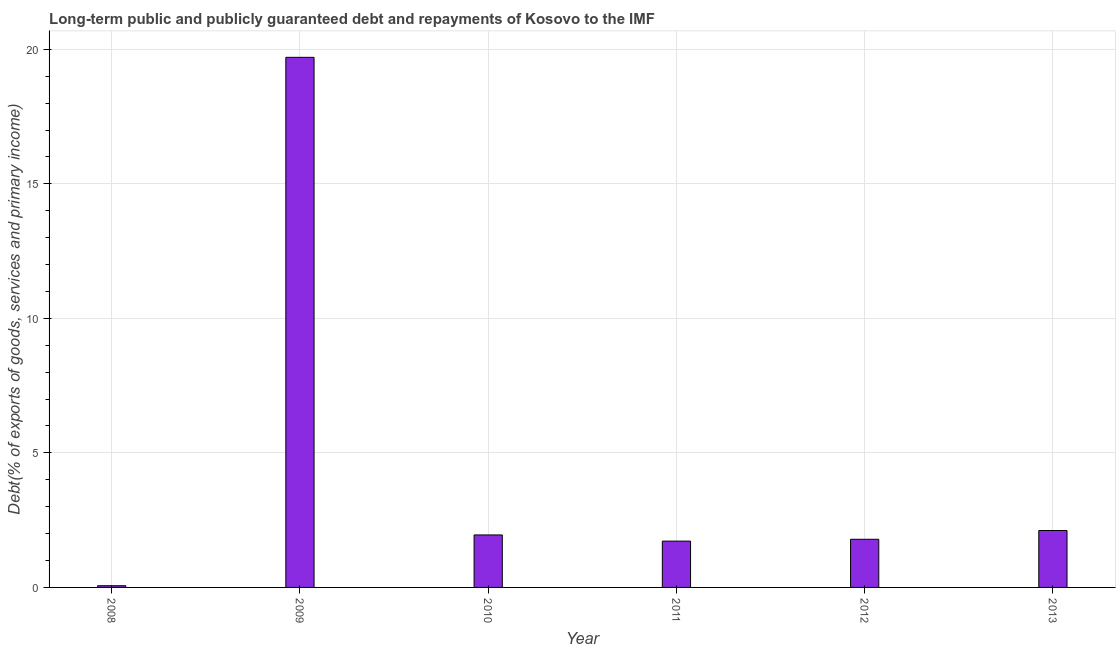
| Year | Debt service (PPG and IMF only) |
 | --- | --- |
 | 2008 | 0.0631 |
 | 2009 | 19.7 |
 | 2010 | 1.95 |
 | 2011 | 1.72 |
 | 2012 | 1.79 |
 | 2013 | 2.12 |